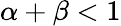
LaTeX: \alpha+\beta<1